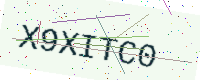
Text: X9XITC0